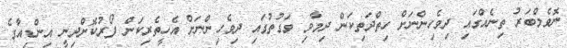
ނޮވެމްބަރު ތިނެއްގައި ދިވެހިންނަށް ހިތްދަތިކަން ދިމާވި ވަގުތުގައި ދިވެހިންނަށް އެހީތެރިކަން ފޯރުކޮށްދިނީ އިންޑިއާގެ